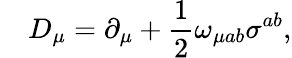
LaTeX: ~~~~D_{\mu}=\partial_{\mu}+\frac 12\omega_{\mu ab}\sigma^{ab},